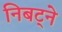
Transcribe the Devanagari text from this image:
निबट्ने